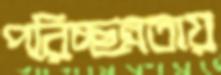
পরিচ্ছন্নতায়